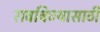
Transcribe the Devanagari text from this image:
रावबिण्यासाठी